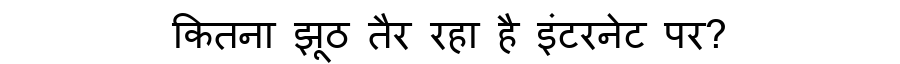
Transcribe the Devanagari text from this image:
कितना झूठ तैर रहा है इंटरनेट पर?